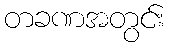
တခဏအတွင်း